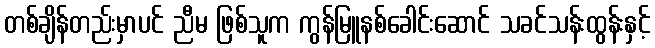
တစ်ချိန်တည်းမှာပင် ညီမ ဖြစ်သူက ကွန်မြူနစ်ခေါင်းဆောင် သခင်သန်းထွန်းနှင့်